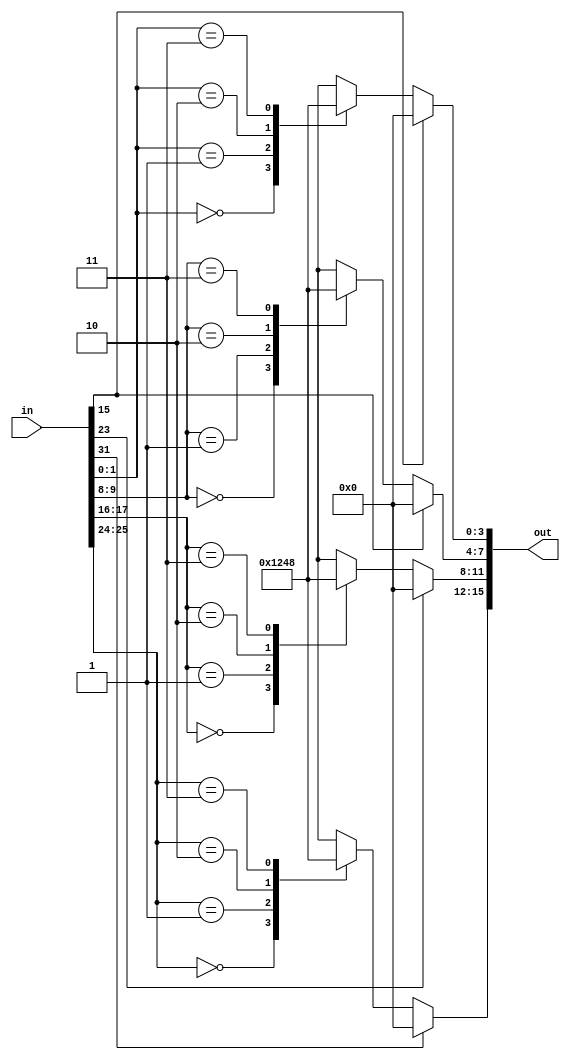
/*
   This file was generated automatically by the Mojo IDE version B1.3.6.
   Do not edit this file directly. Instead edit the original Lucid source.
   This is a temporary file and any changes made to it will be destroyed.
*/

module led_grid_9 (
    input [31:0] in,
    output reg [15:0] out
  );
  
  
  
  always @* begin
    out = 1'h0;
    
    case (in[24+0+1-:2])
      1'h0: begin
        out[12+3-:4] = 4'h1;
      end
      1'h1: begin
        out[12+3-:4] = 4'h2;
      end
      2'h2: begin
        out[12+3-:4] = 4'h4;
      end
      2'h3: begin
        out[12+3-:4] = 4'h8;
      end
    endcase
    
    case (in[16+0+1-:2])
      1'h0: begin
        out[8+3-:4] = 4'h1;
      end
      1'h1: begin
        out[8+3-:4] = 4'h2;
      end
      2'h2: begin
        out[8+3-:4] = 4'h4;
      end
      2'h3: begin
        out[8+3-:4] = 4'h8;
      end
    endcase
    
    case (in[8+0+1-:2])
      1'h0: begin
        out[4+3-:4] = 4'h1;
      end
      1'h1: begin
        out[4+3-:4] = 4'h2;
      end
      2'h2: begin
        out[4+3-:4] = 4'h4;
      end
      2'h3: begin
        out[4+3-:4] = 4'h8;
      end
    endcase
    
    case (in[0+0+1-:2])
      1'h0: begin
        out[0+3-:4] = 4'h1;
      end
      1'h1: begin
        out[0+3-:4] = 4'h2;
      end
      2'h2: begin
        out[0+3-:4] = 4'h4;
      end
      2'h3: begin
        out[0+3-:4] = 4'h8;
      end
    endcase
    if (in[24+7+0-:1] == 1'h1) begin
      out[12+3-:4] = 1'h0;
    end
    if (in[16+7+0-:1] == 1'h1) begin
      out[8+3-:4] = 1'h0;
    end
    if (in[8+7+0-:1] == 1'h1) begin
      out[4+3-:4] = 1'h0;
    end
    if (in[8+7+0-:1] == 1'h1) begin
      out[0+3-:4] = 1'h0;
    end
  end
endmodule